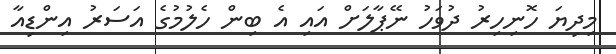
މިދިޔަ ހޮނިހިރު ދުވަހު ނޭޕާލަށް އައި އެ ބިން ހެލުމުގެ އަސަރު އިންޑިއާ